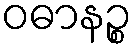
ဝဓာနဉ္စ